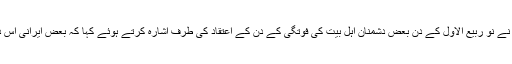
[11] سید بن طاووس (متوفا ۶۶۴ق) نے نو ربیع الاول کے دن بعض دشمنان اہل بیت کی فوتگی کے دن کے اعتقاد کی طرف اشارہ کرتے ہوئے کہا کہ بعض ایرانی اس دن کی فضیلت و اہمیت کے قائل ہیں۔